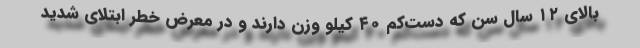
بالای ۱۲ سال سن که دست‌کم ۴۰ کیلو وزن دارند و در معرض خطر ابتلای شدید